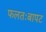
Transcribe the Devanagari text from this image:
फलतःबापट